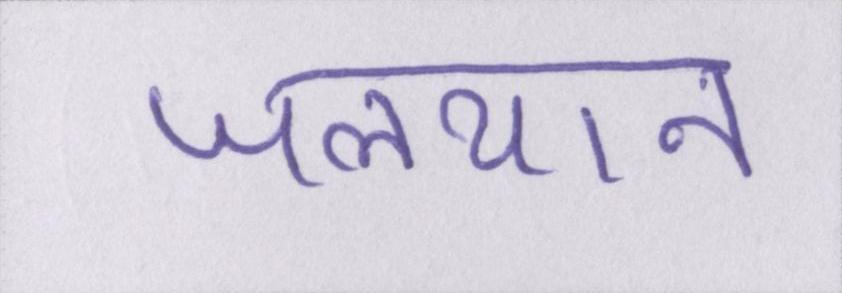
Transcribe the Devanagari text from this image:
जलयान